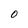
Character: 0